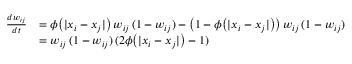
\begin{array} { r l } { \frac { d w _ { i j } } { d t } } & { = \phi \big ( | x _ { i } - x _ { j } | \big ) \, w _ { i j } \, ( 1 - w _ { i j } ) - \big ( 1 - \phi \big ( | x _ { i } - x _ { j } | \big ) \big ) \, w _ { i j } \, ( 1 - w _ { i j } ) } \\ & { = w _ { i j } \, ( 1 - w _ { i j } ) \, ( 2 \phi \big ( | x _ { i } - x _ { j } | \big ) - 1 ) } \end{array}